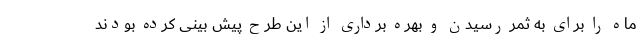
ماه را برای به ثمر رسیدن و بهره برداری از این طرح پیش بینی کرده بودند